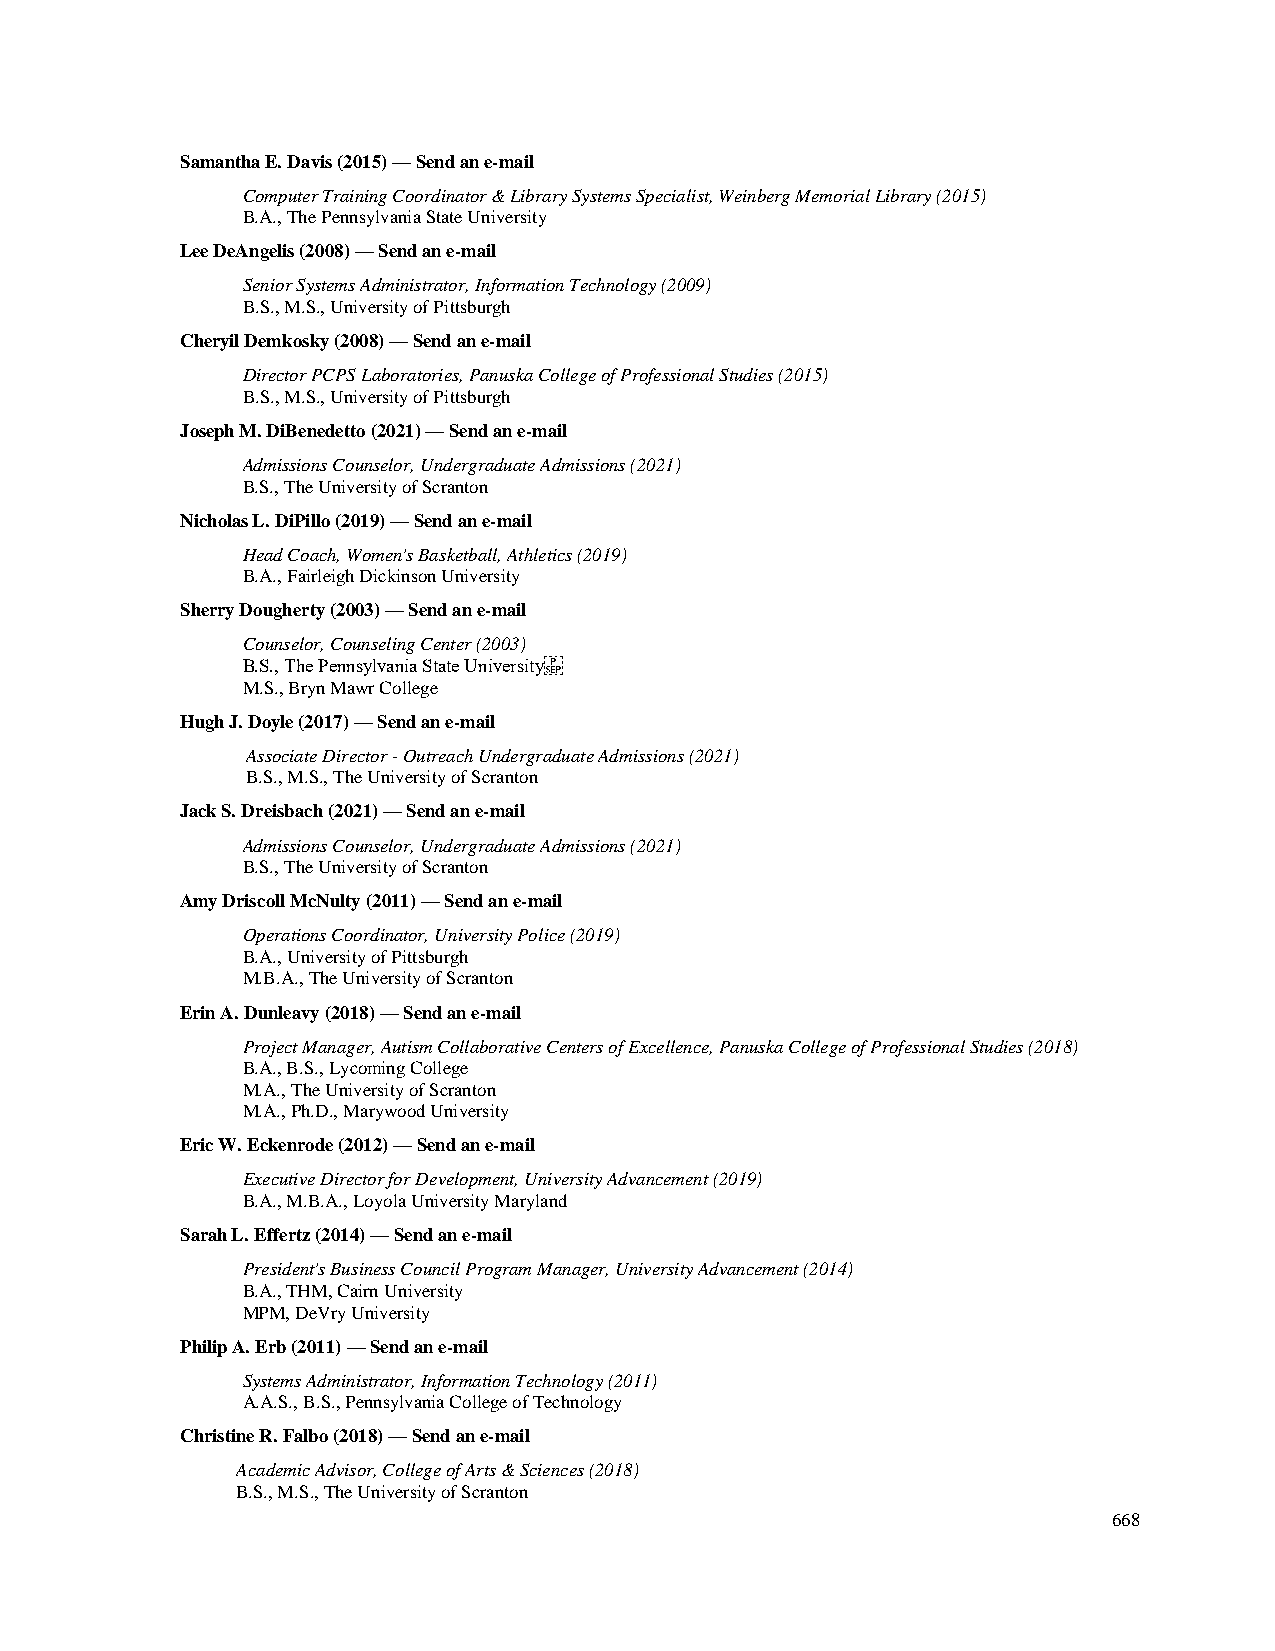
Samantha E. Davis (2015) — Send an e-mail
 Computer Training Coordinator & Library Systems Specialist, Weinberg Memorial Library (2015)
 B.A., The Pennsylvania State University
 Lee DeAngelis (2008) — Send an e-mail
 Senior Systems Administrator, Information Technology (2009)
 B.S., M.S., University of Pittsburgh
 Cheryil Demkosky (2008) — Send an e-mail
 Director PCPS Laboratories, Panuska College of Professional Studies (2015)
 B.S., M.S., University of Pittsburgh
 Joseph M. DiBenedetto (2021) — Send an e-mail
 Admissions Counselor, Undergraduate Admissions (2021)
 B.S., The University of Scranton
 Nicholas L. DiPillo (2019) — Send an e-mail
 Head Coach, Women's Basketball, Athletics (2019)
 B.A., Fairleigh Dickinson University
 Sherry Dougherty (2003) — Send an e-mail
 Counselor, Counseling Center (2003)
 B.S., The Pennsylvania State University
 M.S., Bryn Mawr College
 Hugh J. Doyle (2017) — Send an e-mail
 Associate Director - Outreach Undergraduate Admissions (2021)
 B.S., M.S., The University of Scranton
 Jack S. Dreisbach (2021) — Send an e-mail
 Admissions Counselor, Undergraduate Admissions (2021)
 B.S., The University of Scranton
 Amy Driscoll McNulty (2011) — Send an e-mail
 Operations Coordinator, University Police (2019)
 B.A., University of Pittsburgh
 M.B.A., The University of Scranton
 Erin A. Dunleavy (2018) — Send an e-mail
 Project Manager, Autism Collaborative Centers of Excellence, Panuska College of Professional Studies (2018)
 B.A., B.S., Lycoming College
 M.A., The University of Scranton
 M.A., Ph.D., Marywood University
 Eric W. Eckenrode (2012) — Send an e-mail
 Executive Director for Development, University Advancement (2019)
 B.A., M.B.A., Loyola University Maryland
 Sarah L. Effertz (2014) — Send an e-mail
 President's Business Council Program Manager, University Advancement (2014)
 B.A., THM, Cairn University
 MPM, DeVry University
 Philip A. Erb (2011) — Send an e-mail
 Systems Administrator, Information Technology (2011)
 A.A.S., B.S., Pennsylvania College of Technology
 Christine R. Falbo (2018) — Send an e-mail
 Academic Advisor, College of Arts & Sciences (2018)
 B.S., M.S., The University of Scranton
 668